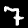
Digit: 7